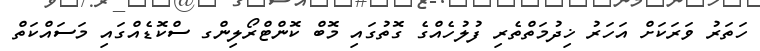
ހަތަރު ވަރަކަށް އަހަރު ޚިދުމަތްތެރި ފުލުހެއްގެ ގޮތުގައި މޮބް ކޮންޓްރޯލިންގ ސްކޮޑެއްގައި މަސައްކަތް